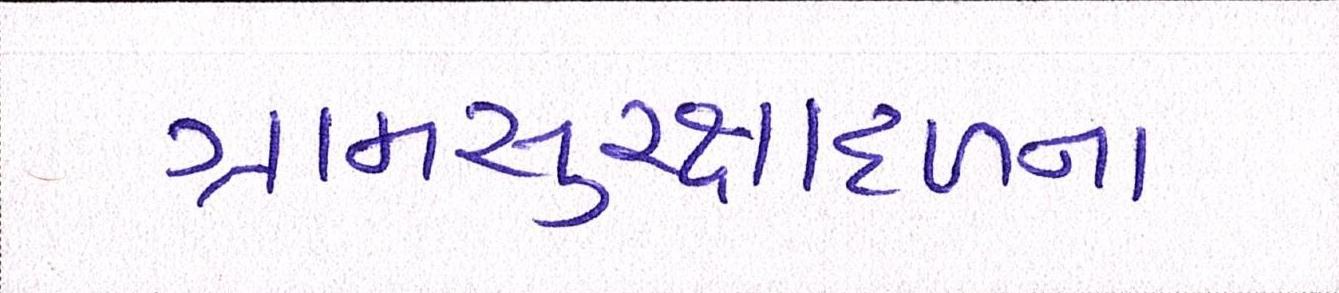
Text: ગ્રામસુરક્ષાદળના